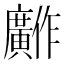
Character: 𫸋